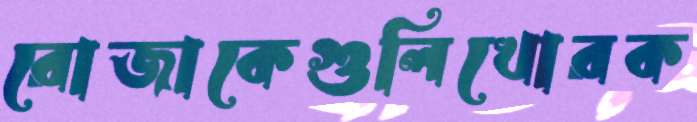
রোজাকেগুলিখোরক